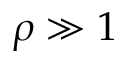
\rho \gg 1